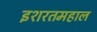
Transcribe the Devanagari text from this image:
इशरतमहाल